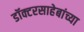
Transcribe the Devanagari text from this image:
डॉक्टरसाहेबांच्या